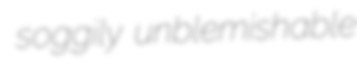
soggily unblemishable